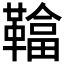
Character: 𩌼